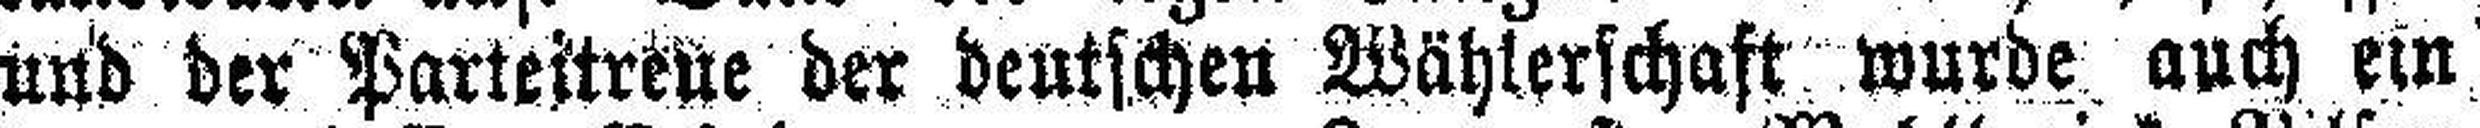
und der Parteitreue der deutschen Wählerschaft wurde auch ein